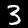
Label: 3